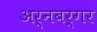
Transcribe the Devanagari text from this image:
अर्नबर्गर